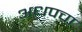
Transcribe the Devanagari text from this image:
अधपचा